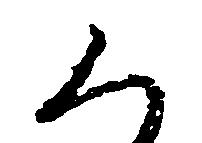
く